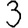
Digit: 3